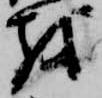
越